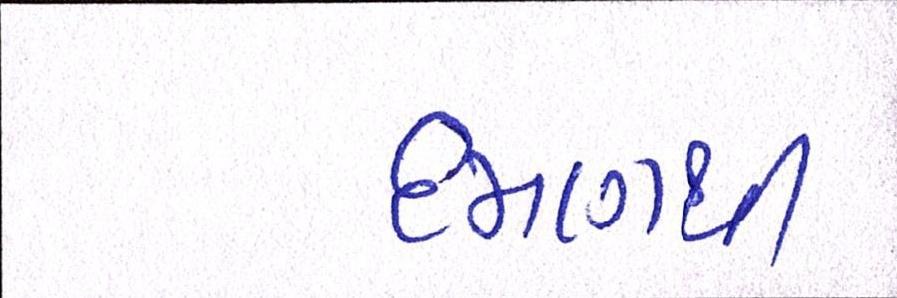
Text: દમણથી